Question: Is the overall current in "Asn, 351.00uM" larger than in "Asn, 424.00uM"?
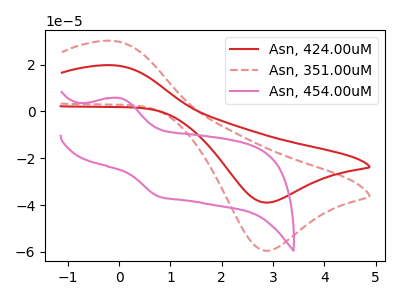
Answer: <think>The red curve "Asn, 424.00uM" has an anodic peak at (-0.15V, 19.70uA) and a cathodic peak at (2.85V, -38.90uA). The red dashed curve "Asn, 351.00uM" has an anodic peak at (-0.15V, 30.15uA) and a cathodic peak at (2.85V, -59.45uA). The pink curve "Asn, 454.00uM" has an anodic peak at (0.00V, 5.70uA) and a cathodic peak at (0.75V, -36.35uA).
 All the peaks in "Asn, 351.00uM" have a peak in "Asn, 424.00uM" at the same potential. Every peak in "Asn, 351.00uM" is higher than every peak in "Asn, 424.00uM".</think>
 <answer>"Asn, 351.00uM" has more signal than "Asn, 424.00uM".</answer>
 <eval>more_signal</eval>